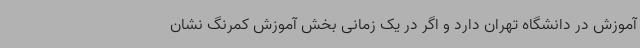
آموزش در دانشگاه تهران دارد و اگر در یک زمانی بخش آموزش کمرنگ نشان